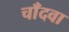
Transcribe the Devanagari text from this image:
चाँदवा